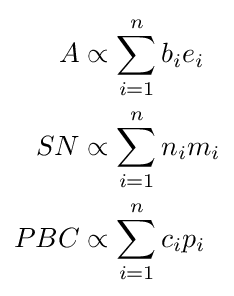
{\begin{aligned}A&\propto \sum _{i=1}^{n}b_{i}e_{i}\\SN&\propto \sum _{i=1}^{n}n_{i}m_{i}\\PBC&\propto \sum _{i=1}^{n}c_{i}p_{i}\end{aligned}}